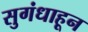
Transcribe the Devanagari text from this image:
सुगंधाहून